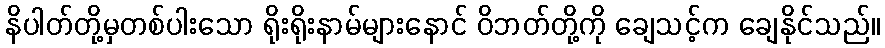
နိပါတ်တို့မှတစ်ပါးသော ရိုးရိုးနာမ်များနောင် ဝိဘတ်တို့ကို ချေသင့်က ချေနိုင်သည်။